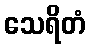
သေရိတံ